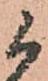
候